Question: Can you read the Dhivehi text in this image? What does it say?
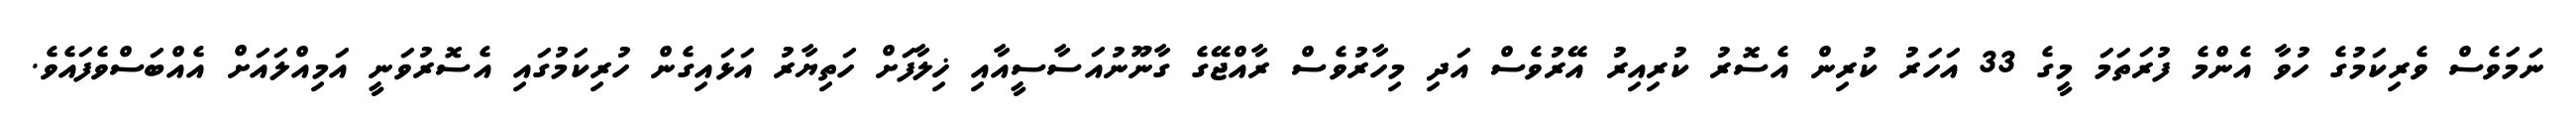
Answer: ނަމަވެސް ވެރިކަމުގެ ހުވާ އެންމެ ފުރަތަމަ މީގެ 33 އަހަރު ކުރިން އެސޮރު ކުރިއިރު އޭރުވެސް އަދި މިހާރުވެސް ރާއްޖޭގެ ގާނޫނުއަސާސީއާއި ޚިލާފަށް ހަތިޔާރު އަޅައިގެން ހުރިކަމުގައި އެސޮރުވަނީ އަމިއްލައަށް އެއްބަސްވެފައެވެ.